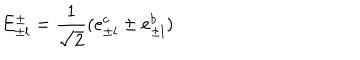
E _ { \pm l } ^ { \pm } = \frac { 1 } { \sqrt { 2 } } ( e _ { \pm l } ^ { c } \pm e _ { \pm l } ^ { b } )